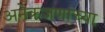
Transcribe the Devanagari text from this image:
अनेकजणांच्या